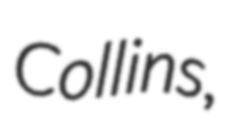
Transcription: Collins,